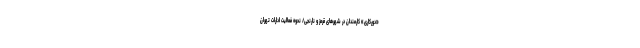
«دورکاری» کارمندان در شهرهای قرمز و نارنجی/ نحوه فعالیت ادارات تهران